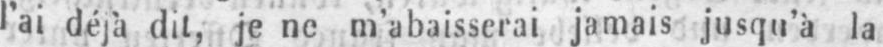
l’ai déjà dit, je ne m’abaisserai jamais jusqu’à la